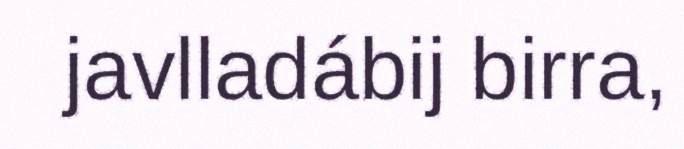
javlladábij birra,